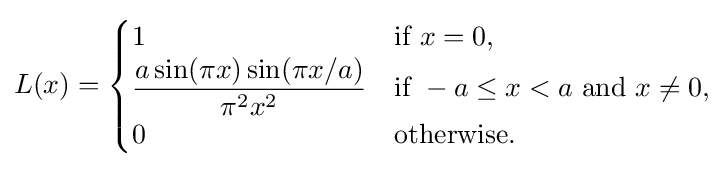
L(x)={\begin{cases}1&{\text{if}}\ x=0,\\{\dfrac {a\sin(\pi x)\sin(\pi x/a)}{\pi ^{2}x^{2}}}&{\text{if}}\ -a\leq x<a\ {\text{and}}\ x\neq 0,\\0&{\text{otherwise}}.\end{cases}}